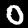
Digit: 0